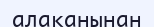
алақанынан